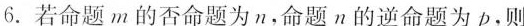
6.若命题m的否命题为n，命题n的逆命题为p，则